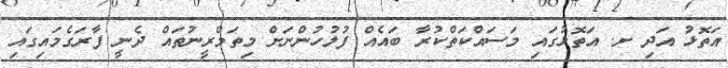
އަތޮޅު އަދި ށ. އަތޮޅުގައި މަސައްކަތްކުރާ ބައެއް ފުލުހުންނަށް މިތަމްރީނުތައް ދެނީ ފާރަގެމައިގައި